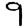
Digit: 9